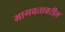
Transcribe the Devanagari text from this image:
भागवतावरील